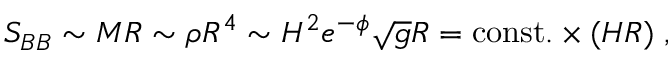
S _ { B B } \sim M R \sim \rho R ^ { 4 } \sim H ^ { 2 } e ^ { - \phi } \sqrt { g } R = \mathrm { c o n s t . } \times ( H R ) \; ,